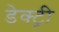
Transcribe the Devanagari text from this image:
डेक्ट्री